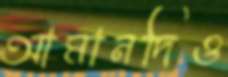
আমানদিও